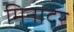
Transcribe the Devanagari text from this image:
मिनादर